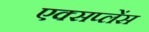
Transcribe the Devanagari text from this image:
एक्सप्लेंस